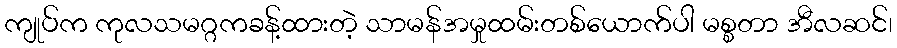
ကျုပ်က ကုလသမဂ္ဂကခန့်ထားတဲ့ သာမန်အမှုထမ်းတစ်ယောက်ပါ မစ္စတာ အီလဆင်၊